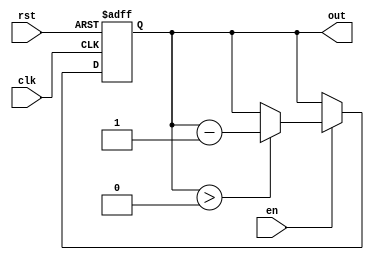
module down_counter_moore (
    input wire clk,       // Clock signal
    input wire rst,       // Asynchronous reset signal
    input wire en,        // Enable signal
    output reg [2:0] out  // Count output (3-bit for counting down from 7)
);

// State encoding
localparam INITIAL_VALUE = 3'b111; // Starting from 7 (3'b111)
localparam ZERO_STATE = 3'b000;     // Zero state

// State variable
reg [2:0] state;

// Sequential logic for state transitions
always @(posedge clk or posedge rst) begin
    if (rst) begin
        state <= INITIAL_VALUE; // Reset to initial value (7)
    end else if (en) begin
        if (state > ZERO_STATE) begin
            state <= state - 1; // Decrement state
        end
        // If state is zero, it remains in zero state
    end
end

// Output logic (Moore output)
always @(state) begin
    out = state; // Output is the current state
end

endmodule